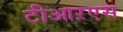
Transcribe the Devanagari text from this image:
टीआऱएस